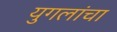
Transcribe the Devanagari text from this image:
युगलांचा